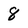
Character: 8